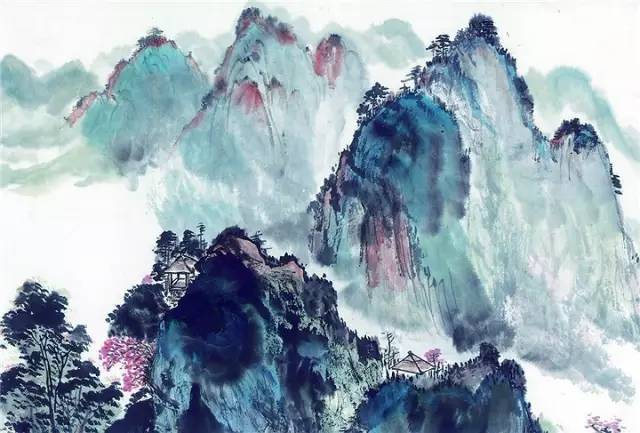
利之中取大，害之中取小。